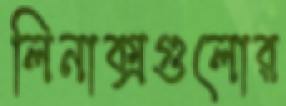
লিনাক্সগুলোর